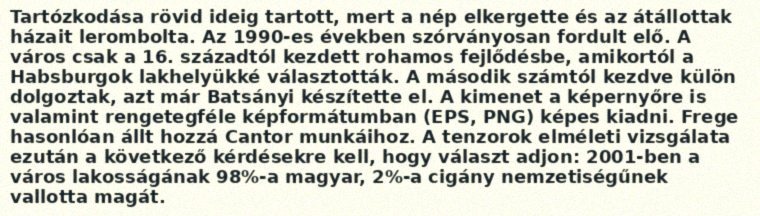
Tartózkodása rövid ideig tartott, mert a nép elkergette és az átállottak házait lerombolta. Az 1990-es években szórványosan fordult elő. A város csak a 16. századtól kezdett rohamos fejlődésbe, amikortól a Habsburgok lakhelyükké választották. A második számtól kezdve külön dolgoztak, azt már Batsányi készítette el. A kimenet a képernyőre is valamint rengetegféle képformátumban (EPS, PNG) képes kiadni. Frege hasonlóan állt hozzá Cantor munkáihoz. A tenzorok elméleti vizsgálata ezután a következő kérdésekre kell, hogy választ adjon: 2001-ben a város lakosságának 98%-a magyar, 2%-a cigány nemzetiségűnek vallotta magát.